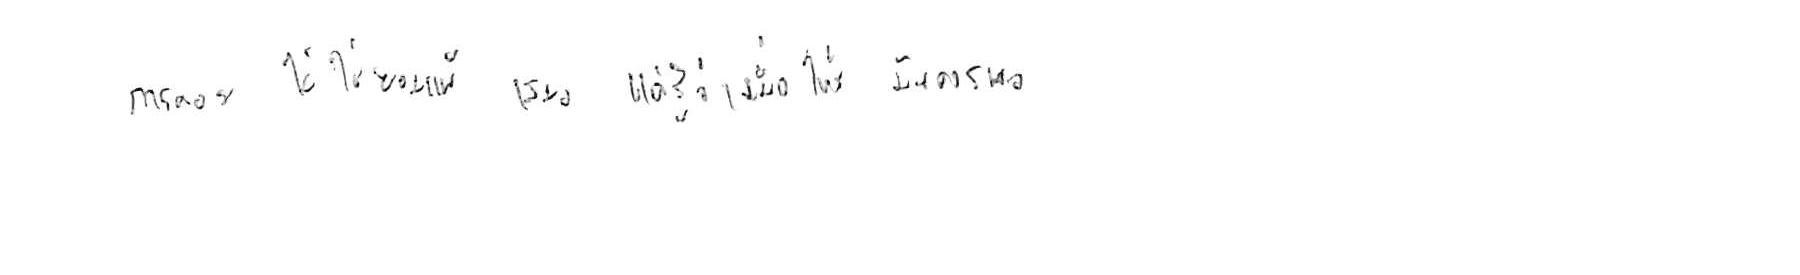
การถอย ไม่ใช่ยอมแพ้ เสมอไป แค่รู้ว่าเมื่อไหร่ มันควรพอ